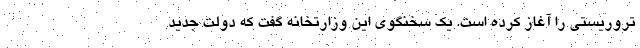
تروریستی را آغاز کرده است. یک سخنگوی این وزارتخانه گفت که دولت جدید